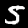
Label: 5